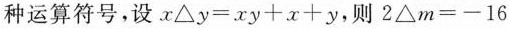
种运算符号，设$$x\Delta y=xy+x+y$$，则$$2\Delta m=-16$$